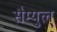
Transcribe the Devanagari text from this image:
सैम्युल्